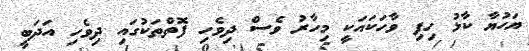
ޔަހުޔާ ކާޅު ހިފި ވާހަކައަކީ މިހާރު ވެސް ދިވެހި ފޮތްތަކުގައި ދިވެހި އަދަބީ